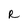
Character: R